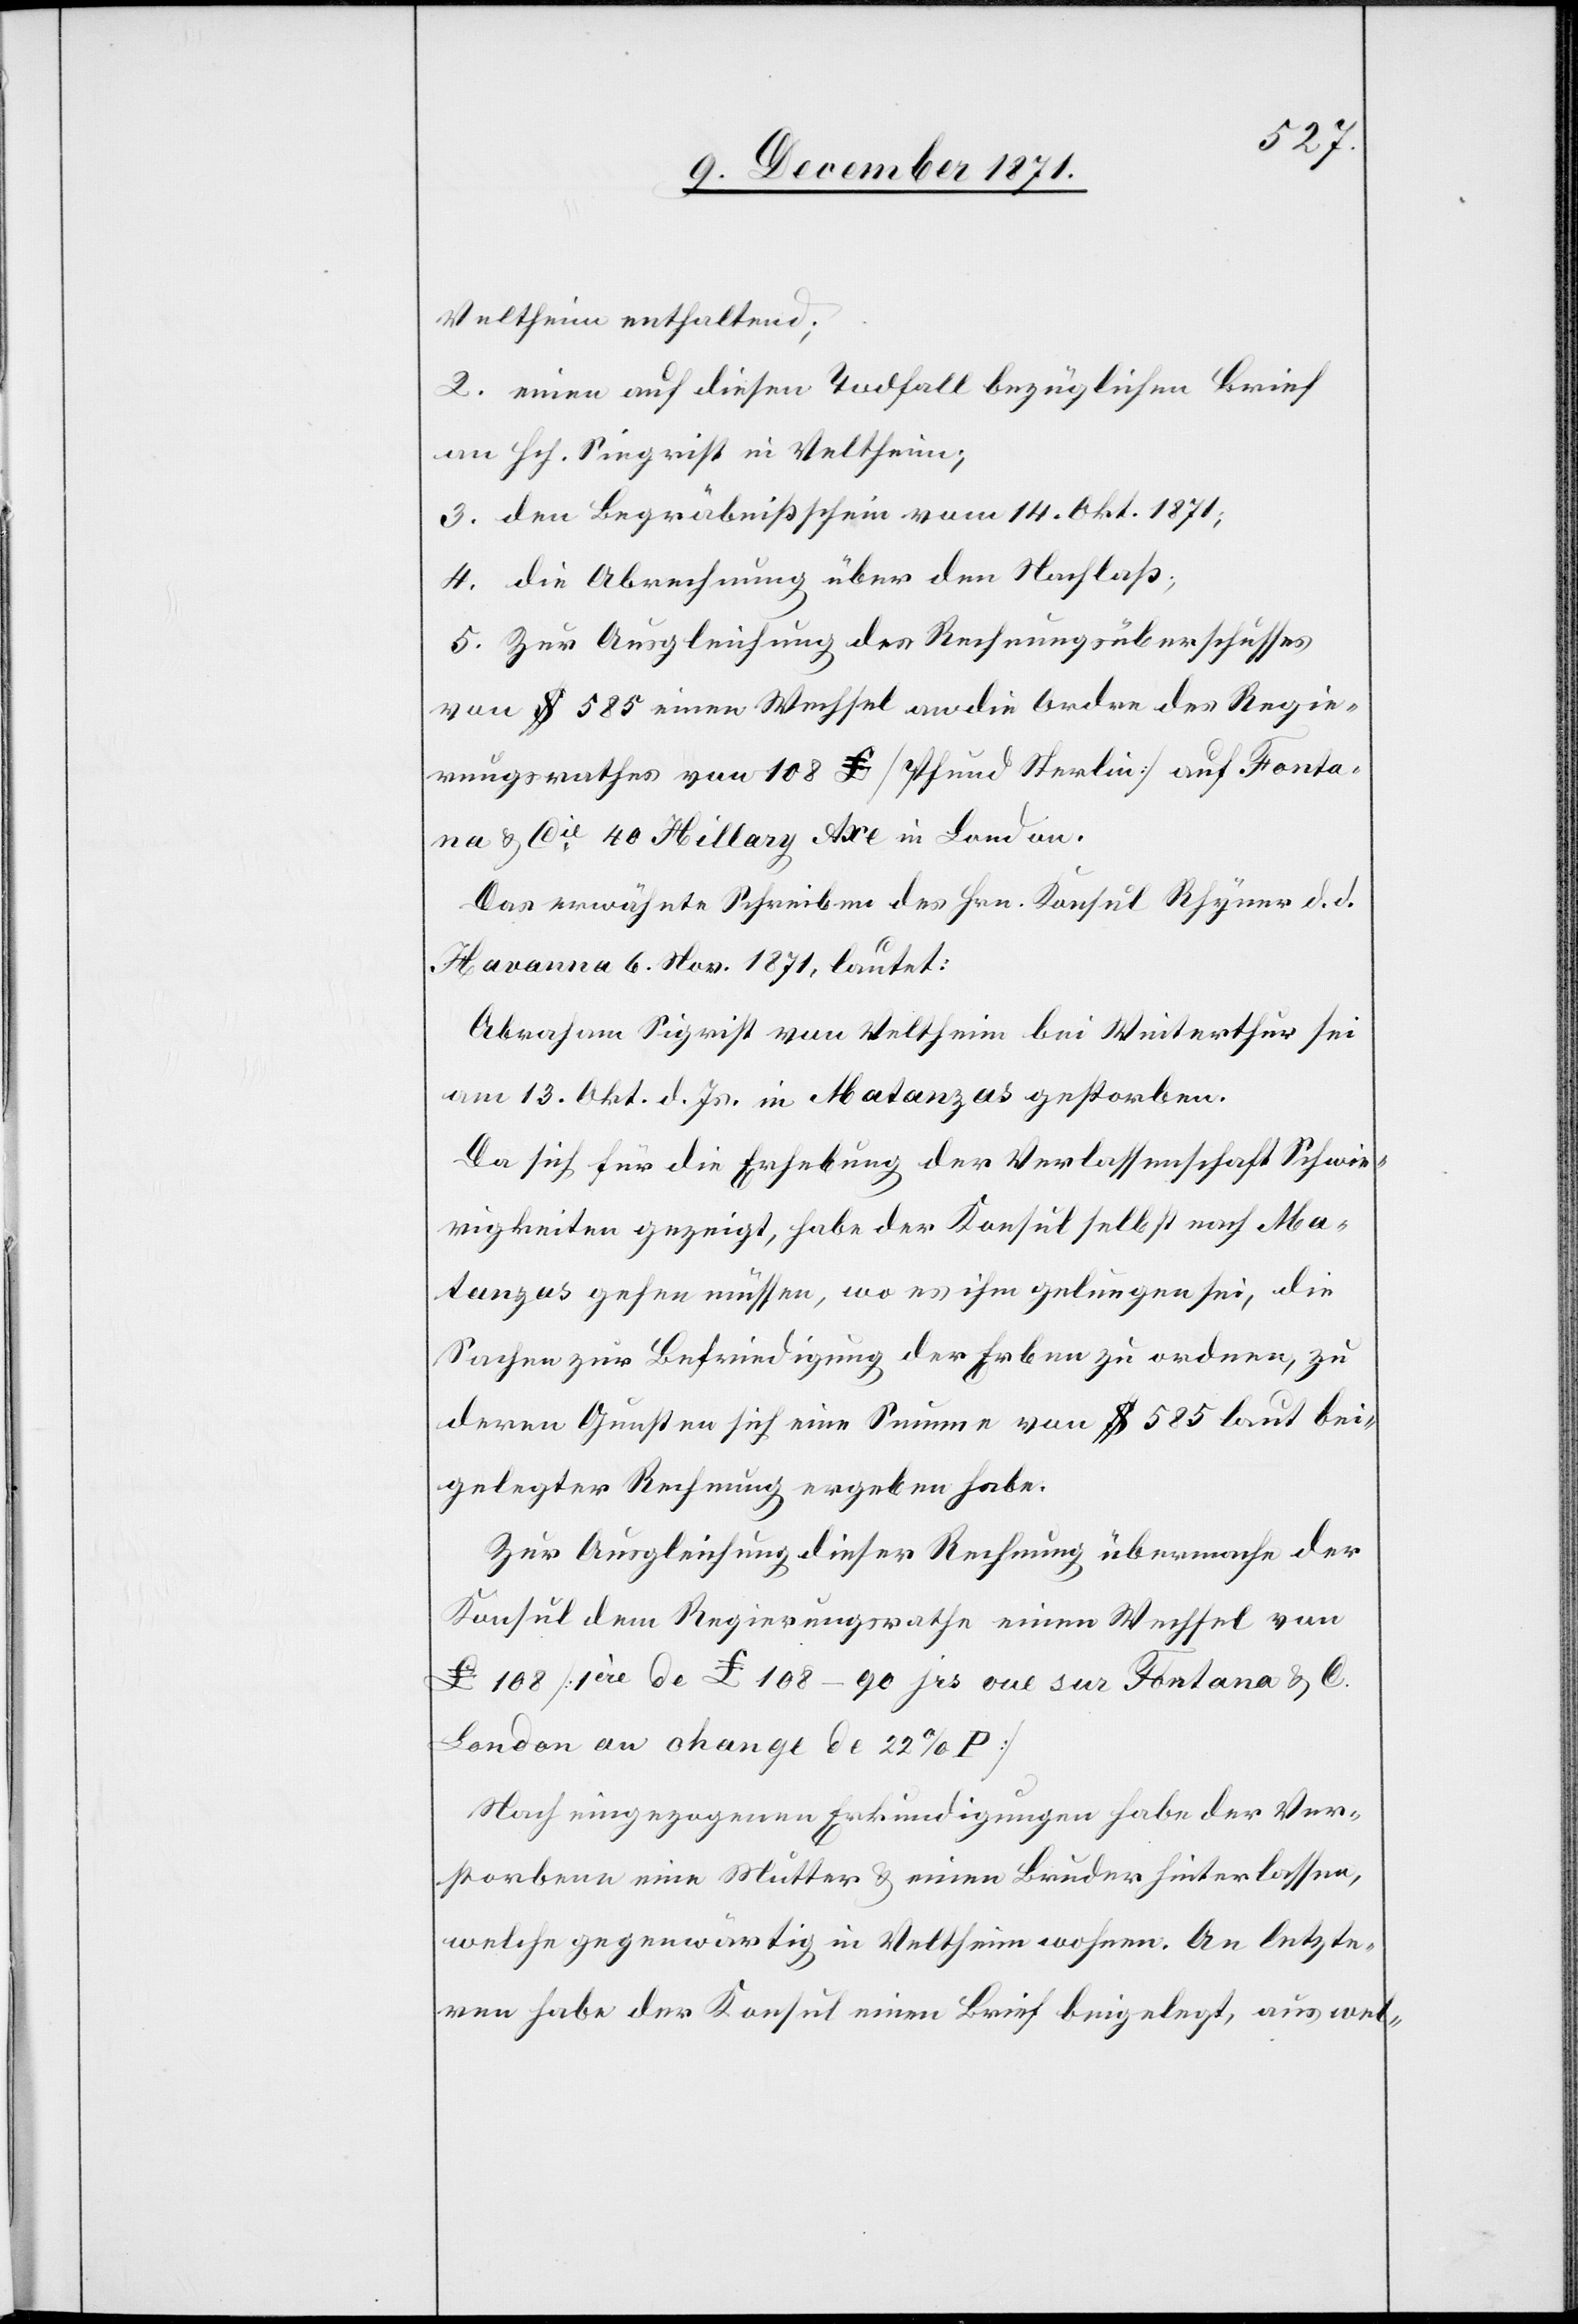
Veltheim enthaltend;
2. einen auf diesen Todfall bezüglichen Brief
an Hch. Siegrist in Veltheim;
3. den Begräbnißschein vom 14. Okt. 1871;
4. die Abrechnung über den Nachlaß;
5. Zur Ausgleichung des Rechnungsüberschusses
von $ 585 einen Wechsel an die Ordre des Regie¬
rungsrathes von 108 £ [Pfund Sterlin[g]] auf Fonta¬
na & Cie. 40 Hillary Ave in London.
Das erwähnte Schreiben des Hrn. Konsul Rhyner d. d.
Havanna 6. Nov. 1871, lautet:
Abraham Siegrist von Veltheim bei Winterthur sei
am 13. Okt. d. Js. in Matanzas gestorben.
Da sich für die Erhebung der Verlassenschaft Schwie¬
rigkeiten gezeigt, habe der Konsul selbst nach Ma¬
tanzas gehen müssen, wo es ihm gelungen sei, die
Sachen zur Befriedigung der Erben zu ordnen, zu
deren Gunsten sich eine Summe von $ 585 laut bei¬
gelegter Rechnung ergeben habe.
Zur Ausgleichung dieser Rechnung übermache der
Konsul dem Regierungsrathe einen Wechsel von
£ 108 [1ère de £ 108–90 jrs vue sur Fontana & C.
London au change de 22% P]
Nach eingegangenen Erkundigungen habe der Ver¬
storbene eine Mutter & einen Bruder hinterlassen,
welche gegenwärtig in Veltheim wohnen. An letzte¬
ren habe der Konsul einen Brief beigelegt, aus wel-